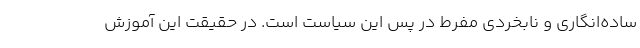
ساده‌انگاری و نابخردی مفرط در پس این سیاست است. در حقیقت این آموزش